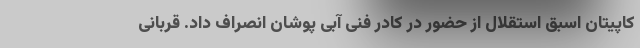
کاپیتان اسبق استقلال از حضور در کادر فنی آبی پوشان انصراف داد. قربانی